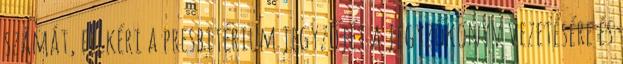
számát, felkéri a presbitérium jegyzőjét a jegyzőkönyv vezetésére és